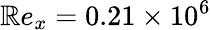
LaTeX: \mathbb{R}e_{x}=0.21\times10^{6}